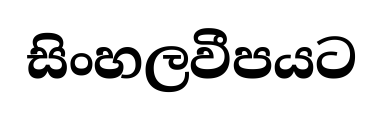
සිංහලවීපයට